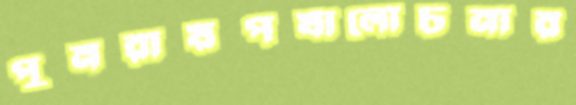
পুনরায়পর্যালোচনার